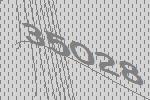
35028